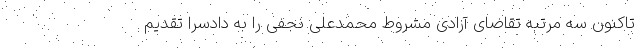
تاکنون سه مرتبه تقاضای آزادی مشروط محمدعلی نجفی را به دادسرا تقدیم